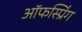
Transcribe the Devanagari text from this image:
ऑफस्प्रिंग